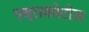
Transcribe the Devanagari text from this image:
एव्राकोटोस